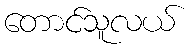
တောင်သူလယ်